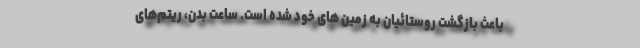
باعث بازگشت روستائیان به زمین های خود شده است. ساعت بدن، ریتم‌های